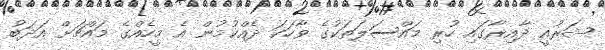
ޝަރުއީ ދާއިރާގައި ހުރި މައްސަލަތަކުގެ ވާހަކަ ދެއްކުމުން އެ މީހެއްގެ މައްޗަށް އަދަބު